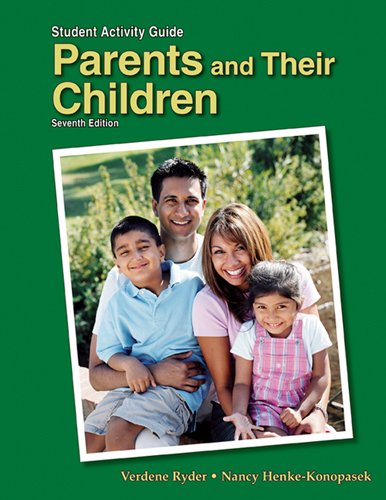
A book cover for Parents and Their Children; Verdene Ryder; Teen & Young Adult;